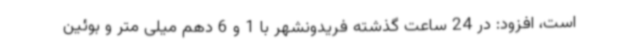
است، افزود: در 24 ساعت گذشته فریدونشهر با 1 و 6 دهم میلی متر و بوئین